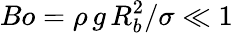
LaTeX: Bo=\rho\, g\, R_{b}^{2}/\sigma\ll 1